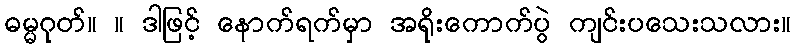
ဓမ္မဂုတ်။ ။ ဒါဖြင့် နောက်ရက်မှာ အရိုးကောက်ပွဲ ကျင်းပသေးသလား။